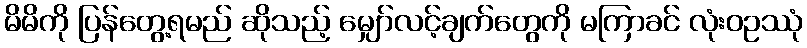
မိမိကို ပြန်တွေ့ရမည် ဆိုသည့် မျှော်လင့်ချက်တွေကို မကြာခင် လုံးဝဥဿုံ